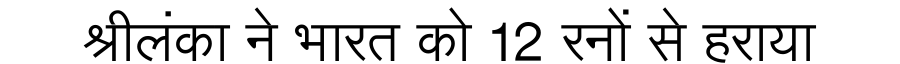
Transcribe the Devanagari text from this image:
श्रीलंका ने भारत को 12 रनों से हराया